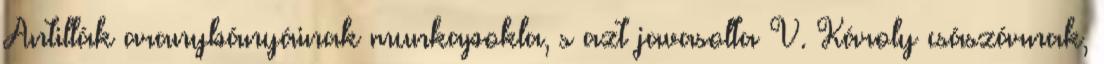
Antillák aranybányáinak munkapokla, s azt javasolta V. Károly császárnak,